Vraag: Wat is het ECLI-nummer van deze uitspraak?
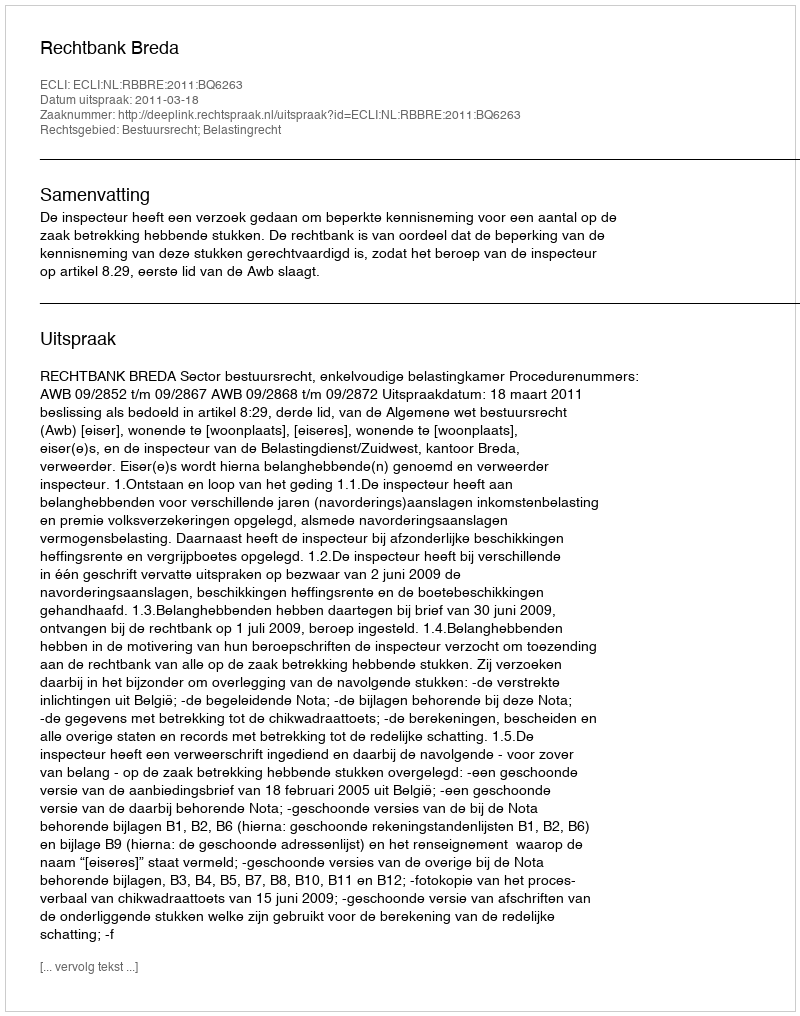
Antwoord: ECLI:NL:RBBRE:2011:BQ6263